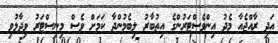
އަދި ރާއްޖެއާ މެދު އިންވެސްޓަރުންގެ އިތުބާރު ލިބެމުންދާ ކަމަށް ވެސް މިނިސްޓަރު ވިދާޅުވި